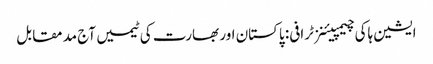
ایشین ہاکی چیمپیئنز ٹرافی: پاکستان اور بھارت کی ٹیمیں آج مد مقابل